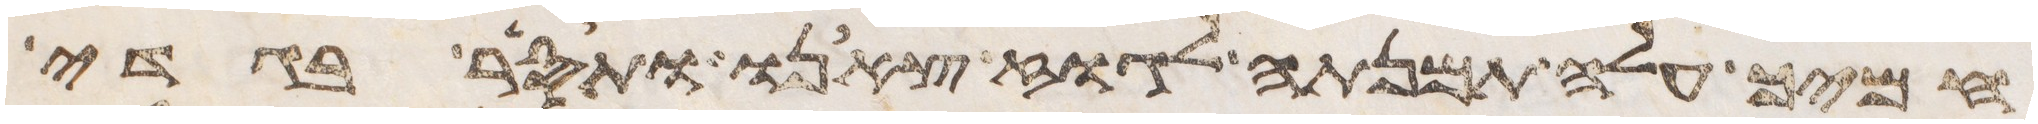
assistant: חמיך עלה תמנתה לגוז צאנו ותסר בגדי